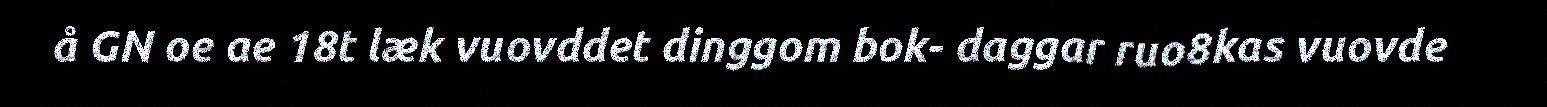
å GN oe ae 18t læk vuovddet dinggom bok- daggar ruo8kas vuovde